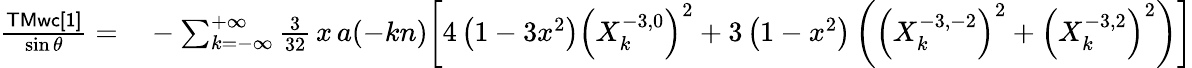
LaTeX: \begin{array}{rl}{\frac{\sf TMwc[1]}{\sin\theta}=}&{{}-\sum_{k=-\infty}^{+\infty}\frac{3}{32}\, x\, a(-kn)\bigg[4\left(1-3x^{2}\right)\left(X_{k}^{-3,0}\right)^{2}+3\left(1-x^{2}\right)\left(\left(X_{k}^{-3,-2}\right)^{2}+\left(X_{k}^{-3,2}\right)^{2}\right)\bigg]}\end{array}